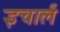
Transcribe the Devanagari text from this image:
इचार्लं